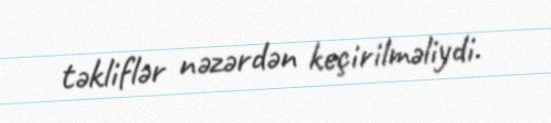
təkliflər nəzərdən keçirilməliydi.